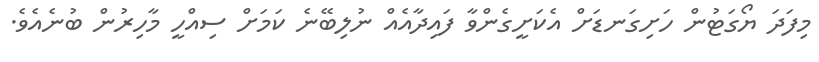
މިފަދަ ޔޯގަޓުން ހަށިގަނޑަށް އެކަށީގެންވާ ފައިދާއެއް ނުލިބޭނެ ކަމަށް ސިއްހީ މާހިރުން ބުނެއެވެ.